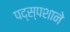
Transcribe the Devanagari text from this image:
पद्स्पशाने